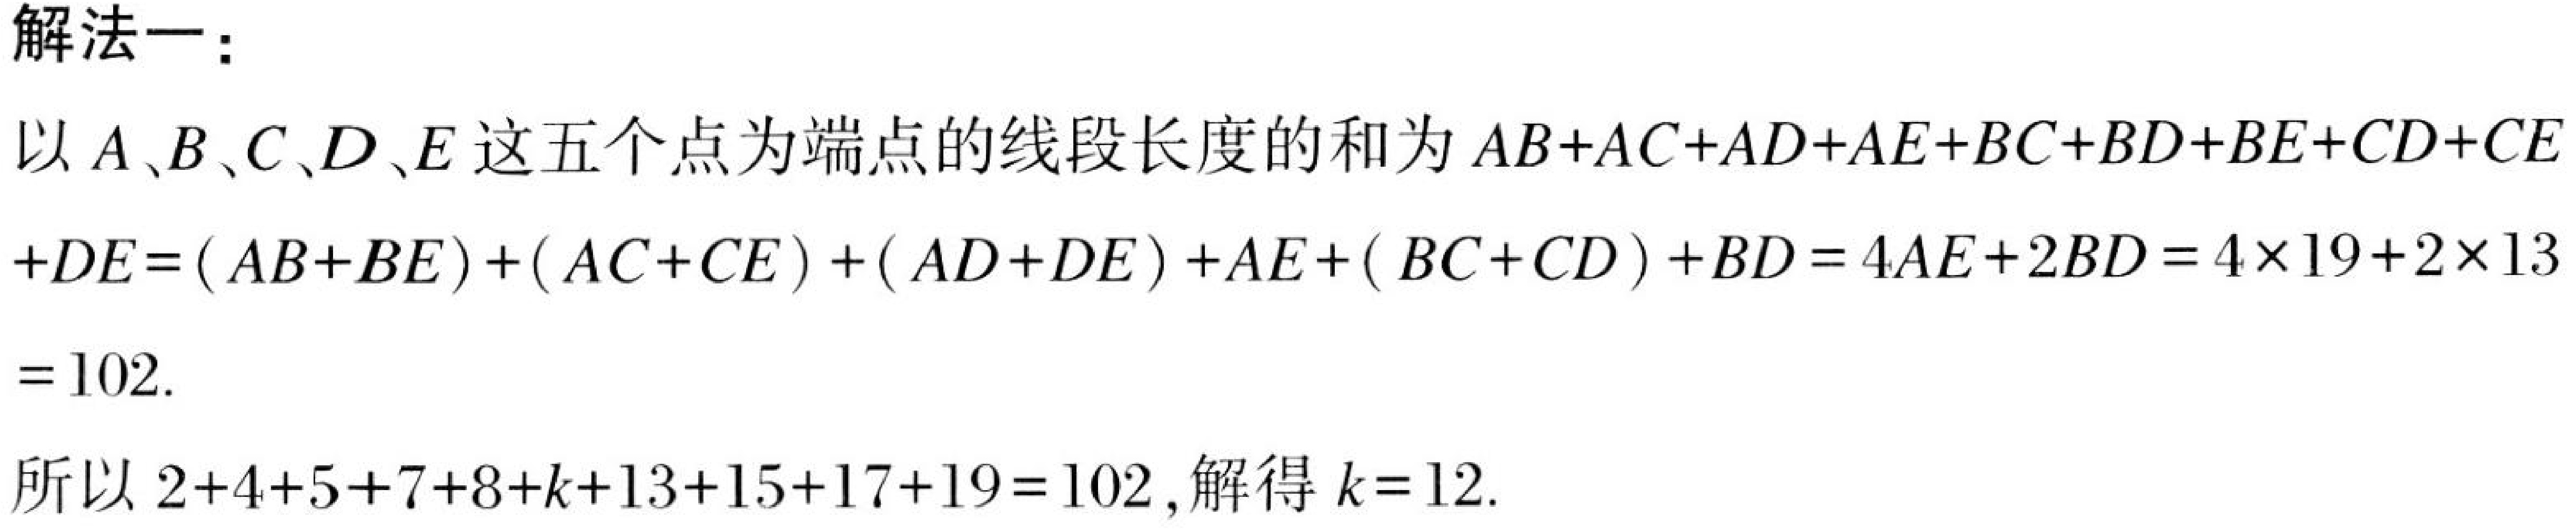
解法一：
以\(A、B、C、D、E\)这五个点为端点的线段长度的和为\(AB + AC+AD + AE+BC + BD+BE + CD+CE\)
\(+DE=(AB + BE)+(AC + CE)+(AD + DE)+AE+(BC + CD)+BD = 4AE+2BD=4\times19 + 2\times13\)
\(=102\).
所以\(2 + 4+5 + 7+8 + k+13 + 15+17 + 19 = 102\),解得\(k = 12\).